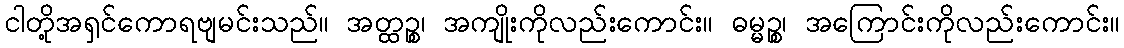
ငါတို့အရှင်ကောရဗျမင်းသည်။ အတ္ထဉ္စ၊ အကျိုးကိုလည်းကောင်း။ ဓမ္မဉ္စ၊ အကြောင်းကိုလည်းကောင်း။